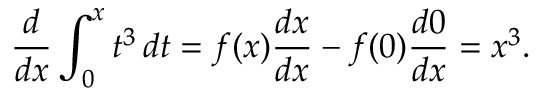
{ \frac { d } { d x } } \int _ { 0 } ^ { x } t ^ { 3 } \, d t = f ( x ) { \frac { d x } { d x } } - f ( 0 ) { \frac { d 0 } { d x } } = x ^ { 3 } .